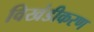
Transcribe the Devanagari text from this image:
विखंडीकरण